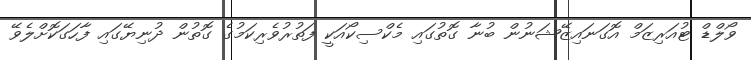
ވޯލްޑް ޓުއަރިޒަމް އޮގަނައިޒޭޝަނުން ބުނާ ގޮތުގައި މެކްސިކޯއަކީ ފަތުރުވެރިކަމުގެ ގޮތުން ދުނިޔޭގައި ފާހަގަކޮށްލެވޭ